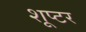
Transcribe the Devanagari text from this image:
शूप्टर